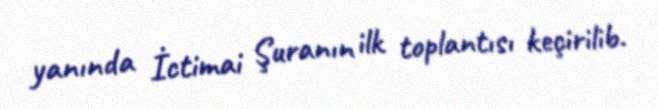
yanında İctimai Şuranın ilk toplantısı keçirilib.